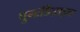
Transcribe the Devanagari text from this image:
पुनःडिज़ाइन